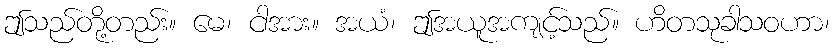
ဤသည်တို့တည်း။ မေ၊ ငါအား။ အယံ၊ ဤအယူအကျင့်သည်။ ဟိတသုခါသဝဟာ၊